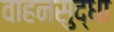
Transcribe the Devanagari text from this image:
वाहनसुद्धा